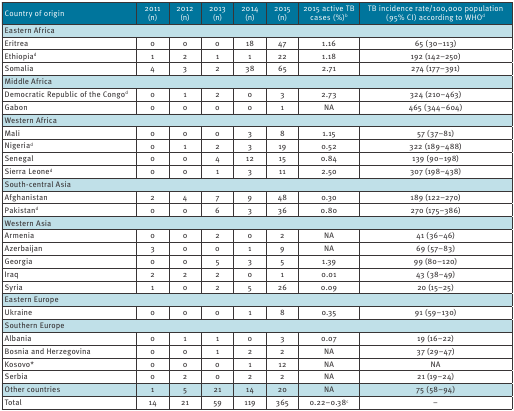
<table><thead><tr><td><b>Country of origin</b></td><td><b>2011 (n)</b></td><td><b>2012 (n)</b></td><td><b>2013 (n)</b></td><td><b>2014 (n)</b></td><td><b>2015 (n)</b></td><td><b>2015 active TB cases (%)<sup>b</sup></b></td><td><b>TB incidence rate/100,000 population (95% CI) according to WHO<sup>d</sup></b></td></tr></thead><tbody><tr><td colspan="8"><b>Eastern Africa</b></td></tr><tr><td>Eritrea</td><td>0</td><td>0</td><td>0</td><td>18</td><td>47</td><td>1.16</td><td>65 (30–113)</td></tr><tr><td>Ethiopia<sup>d</sup></td><td>1</td><td>2</td><td>1</td><td>1</td><td>22</td><td>1.18</td><td>192 (142–250)</td></tr><tr><td>Somalia</td><td>4</td><td>3</td><td>2</td><td>38</td><td>65</td><td>2.71</td><td>274 (177–391)</td></tr><tr><td colspan="8"><b>Middle Africa</b></td></tr><tr><td>Democratic Republic of the Congo<sup>d</sup></td><td>0</td><td>1</td><td>2</td><td>0</td><td>3</td><td>2.73</td><td>324 (210–463)</td></tr><tr><td>Gabon</td><td>0</td><td>0</td><td>0</td><td>0</td><td>1</td><td>NA</td><td>465 (344–604)</td></tr><tr><td colspan="8"><b>Western Africa</b></td></tr><tr><td>Mali</td><td>0</td><td>0</td><td>0</td><td>3</td><td>8</td><td>1.15</td><td>57 (37–81)</td></tr><tr><td>Nigeria<sup>d</sup></td><td>0</td><td>1</td><td>2</td><td>3</td><td>19</td><td>0.52</td><td>322 (189–488)</td></tr><tr><td>Senegal</td><td>0</td><td>0</td><td>4</td><td>12</td><td>15</td><td>0.84</td><td>139 (90–198)</td></tr><tr><td>Sierra Leone<sup>d</sup></td><td>0</td><td>0</td><td>1</td><td>3</td><td>11</td><td>2.50</td><td>307 (198–438)</td></tr><tr><td colspan="8"><b>South-central Asia</b></td></tr><tr><td>Afghanistan</td><td>2</td><td>4</td><td>7</td><td>9</td><td>48</td><td>0.30</td><td>189 (122–270)</td></tr><tr><td>Pakistan<sup>d</sup></td><td>0</td><td>0</td><td>6</td><td>3</td><td>36</td><td>0.80</td><td>270 (175–386)</td></tr><tr><td colspan="8"><b>Western Asia</b></td></tr><tr><td>Armenia</td><td>0</td><td>0</td><td>2</td><td>0</td><td>2</td><td>NA</td><td>41 (36–46)</td></tr><tr><td>Azerbaijan</td><td>3</td><td>0</td><td>0</td><td>1</td><td>9</td><td>NA</td><td>69 (57–83)</td></tr><tr><td>Georgia</td><td>0</td><td>0</td><td>5</td><td>3</td><td>5</td><td>1.39</td><td>99 (80–120)</td></tr><tr><td>Iraq</td><td>2</td><td>2</td><td>2</td><td>0</td><td>1</td><td>0.01</td><td>43 (38–49)</td></tr><tr><td>Syria</td><td>1</td><td>0</td><td>2</td><td>5</td><td>26</td><td>0.09</td><td>20 (15–25)</td></tr><tr><td colspan="8"><b>Eastern Europe</b></td></tr><tr><td>Ukraine</td><td>0</td><td>0</td><td>0</td><td>1</td><td>8</td><td>0.35</td><td>91 (59–130)</td></tr><tr><td colspan="8"><b>Southern Europe</b></td></tr><tr><td>Albania</td><td>0</td><td>1</td><td>1</td><td>0</td><td>3</td><td>0.07</td><td>19 (16–22)</td></tr><tr><td>Bosnia and Herzegovina</td><td>0</td><td>0</td><td>1</td><td>2</td><td>2</td><td>NA</td><td>37 (29–47)</td></tr><tr><td>Kosovo*</td><td>0</td><td>0</td><td>0</td><td>1</td><td>12</td><td>NA</td><td>NA</td></tr><tr><td>Serbia</td><td>0</td><td>2</td><td>0</td><td>2</td><td>2</td><td>NA</td><td>21 (19–24)</td></tr><tr><td><b>Other countries</b></td><td><b>1</b></td><td><b>5</b></td><td><b>21</b></td><td><b>14</b></td><td><b>20</b></td><td><b>NA</b></td><td><b>75 (58–94)</b></td></tr><tr><td><b>Total</b></td><td><b>14</b></td><td><b>21</b></td><td><b>59</b></td><td><b>119</b></td><td><b>365</b></td><td><b>0.22–0.38<sup>c</sup></b></td><td><b>–</b></td></tr></tbody></table>